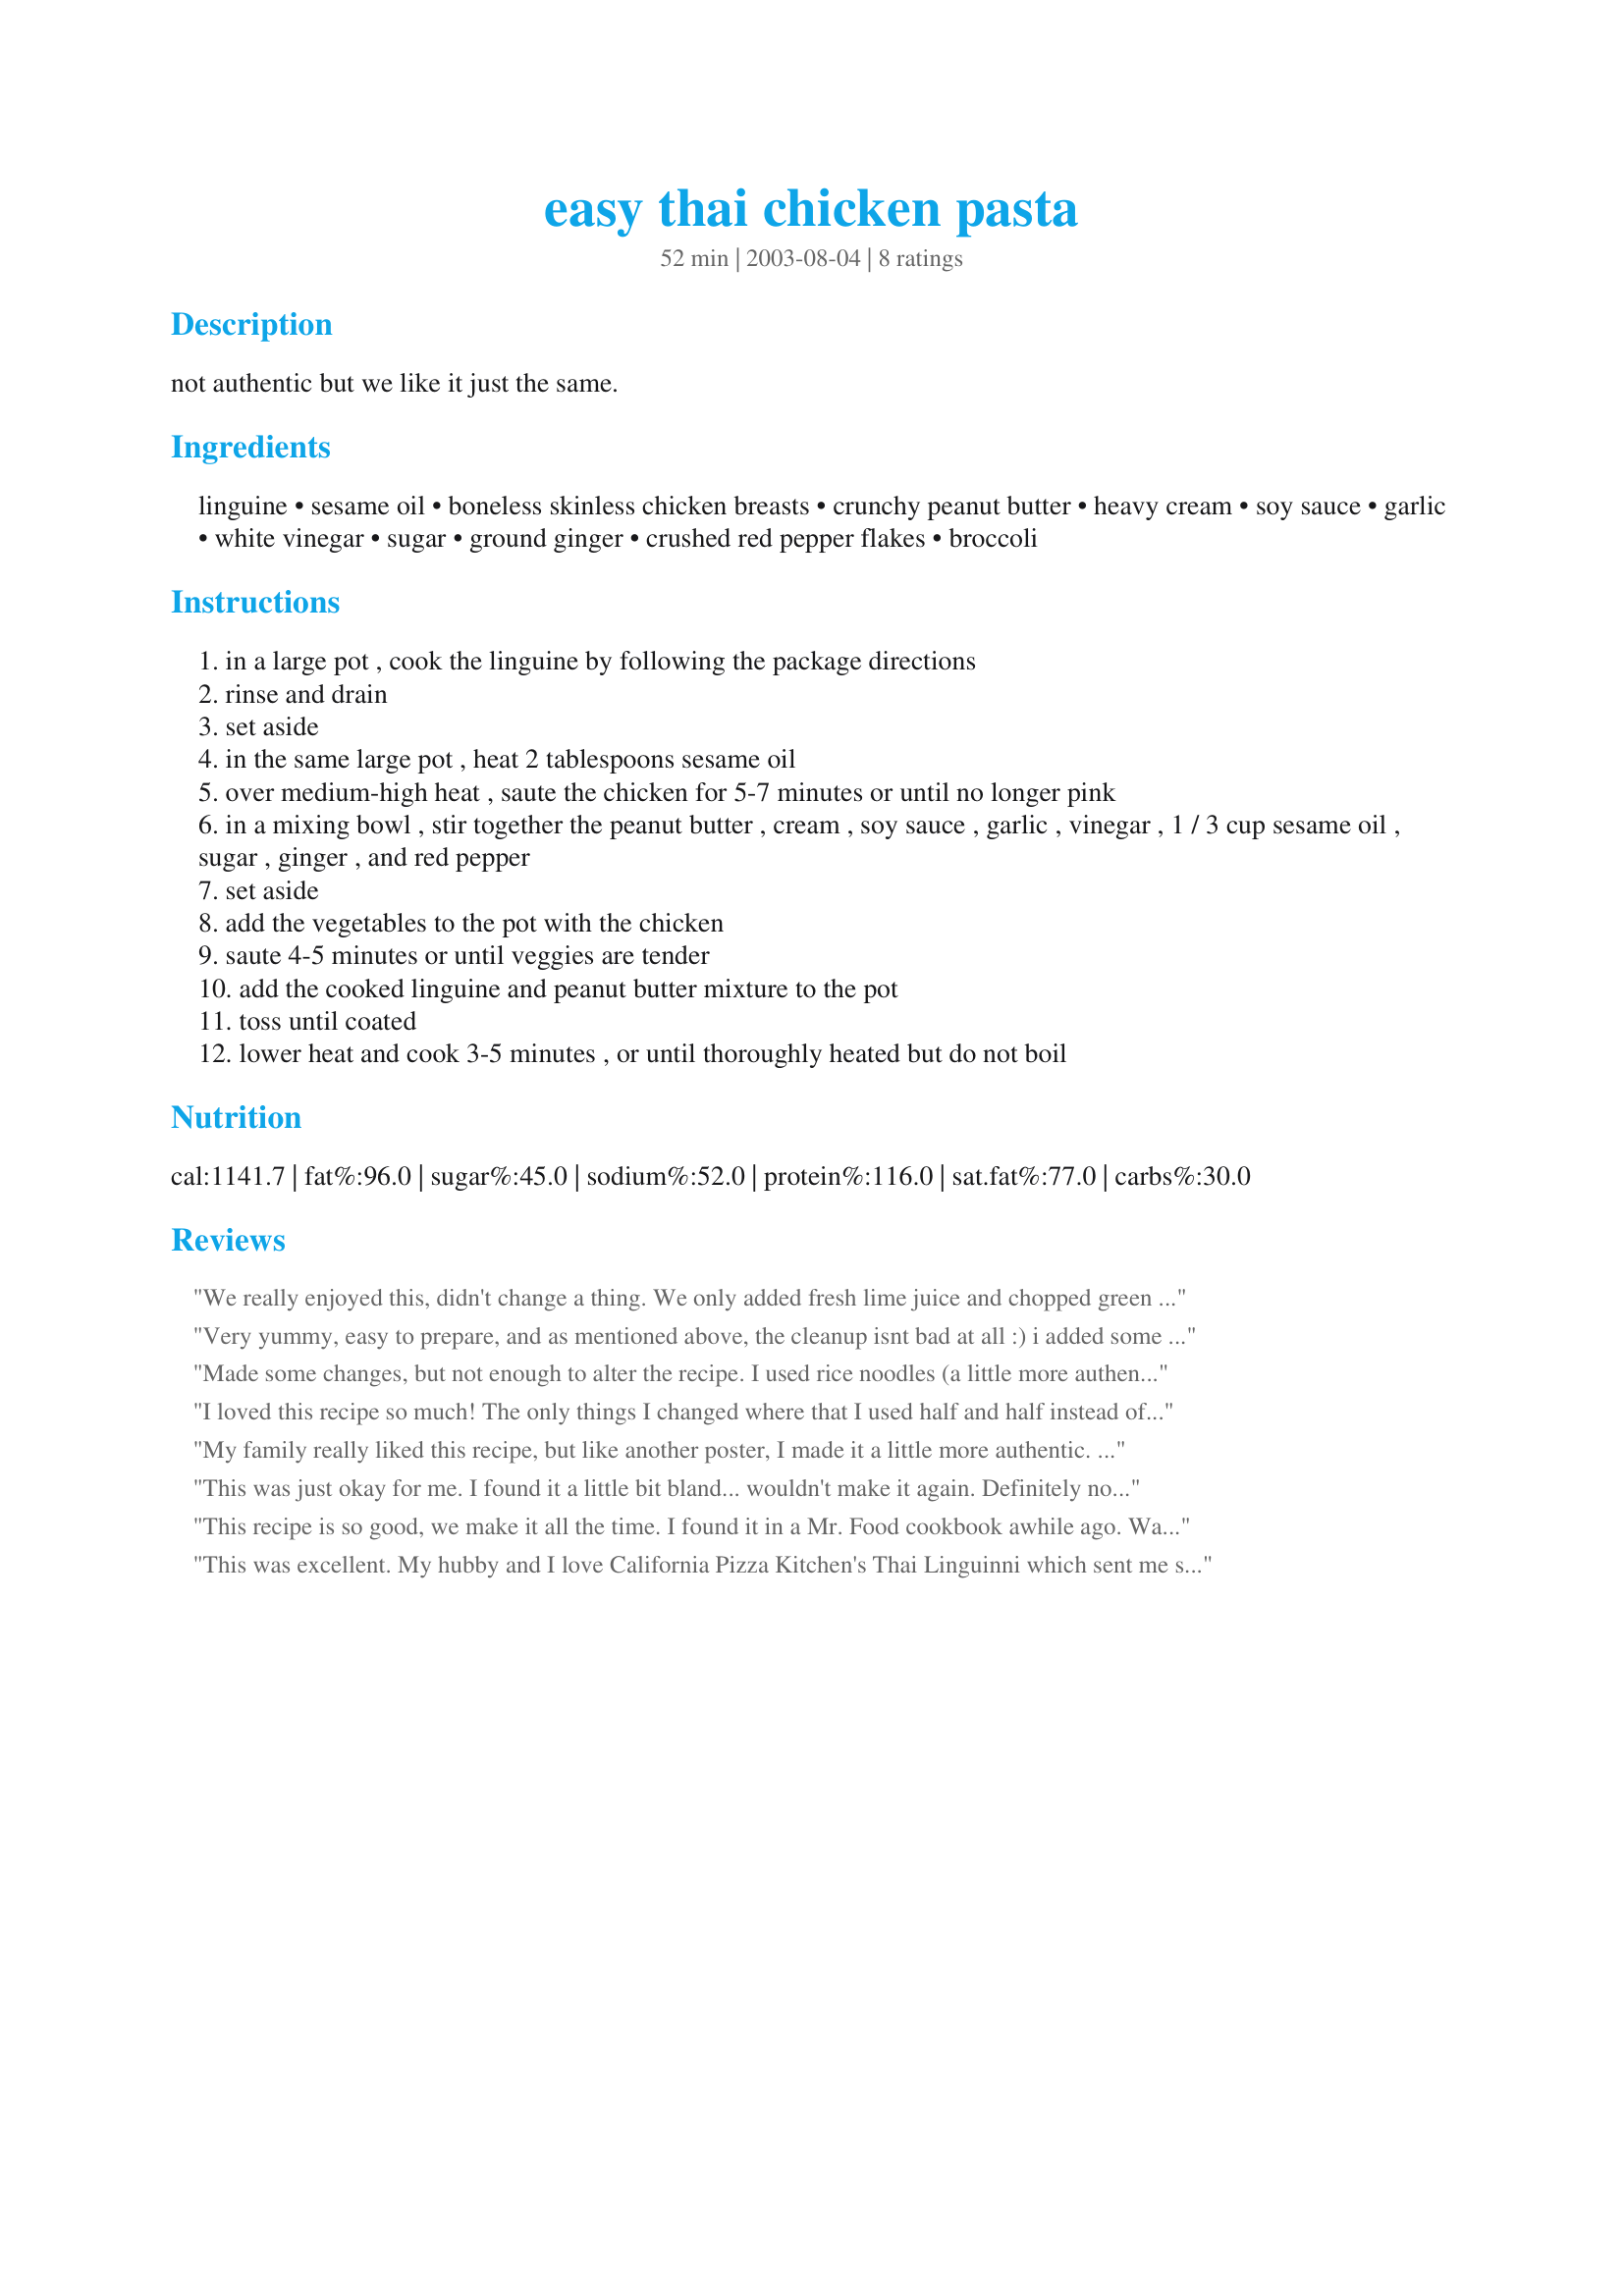
easy thai chicken pasta
Preparation time: 52 minutes

not authentic but we like it just the same.

Ingredients:
linguine, sesame oil, boneless skinless chicken breasts, crunchy peanut butter, heavy cream, soy sauce, garlic, white vinegar, sugar, ground ginger, crushed red pepper flakes, broccoli

Steps:
in a large pot , cook the linguine by following the package directions
rinse and drain
set aside
in the same large pot , heat 2 tablespoons sesame oil
over medium-high heat , saute the chicken for 5-7 minutes or until no longer pink
in a mixing bowl , stir together the peanut butter , cream , soy sauce , garlic , vinegar , 1 / 3 cup sesame oil , sugar , ginger , and red pepper
set aside
add the vegetables to the pot with the chicken
saute 4-5 minutes or until veggies are tender
add the cooked linguine and peanut butter mixture to the pot
toss until coated
lower heat and cook 3-5 minutes , or until thoroughly heated but do not boil

Reviews:
We really enjoyed this, didn't change a thing. We only added fresh lime juice and chopped green onions on top and it was wonderful. Thank you for a great recipe!
Very yummy, easy to prepare, and as mentioned above, the cleanup isnt bad at all :) <br/>i added some bean sprouts towards the last few minutes of cooking time for a little bit of extra "crunch".<br/>ill be making this again! Thanks for sharing.
Made some changes, but not enough to alter the recipe. I used rice noodles (a little more authentic), Fat Free half & half instead of heavy cream, cider vinegar instead of white, fresh green beans, broccoli, and carrots for veges, and only about 1/4 cup sesame oil. All I heard from DH was MMMMMM, MMMMMM, MMMMM. Really versitile recipe. Can change things up a bit with great results.
I loved this recipe so much! The only things I changed where that I used half and half instead of heavy cream, and instead of the red pepper flakes I used just a touch of cayenne pepper. I will definately make this again, as its not only yummy and easy, but cheap too! AND my 2year old LOVED it.
My family really liked this recipe, but like another poster, I made it a little more authentic. I used rice noodles. And I lowered the fat content with FF half and half. I also used a little less than 1/4 cup sesame oil in the sauce. I used rice vinegar and lower fat peanut butter. I used fresh veggies instead of frozen and added them when the recipe stated. YUM! And only one pot to clean!!!
This was just okay for me. I found it a little bit bland... wouldn't make it again. Definitely not worth almost 100% of your daily fat allotment!
This recipe is so good, we make it all the time. I found it in a Mr. Food cookbook awhile ago. Was gonna post it but now I don't need to :)
This was excellent. My hubby and I love California Pizza Kitchen's Thai Linguinni which sent me searching for a recipe of my own. I also only used about 1/4 sesame oil and added shrimp instead. Really very good! We were pleased and our whole house smelled just like CPK.. What could be better?
